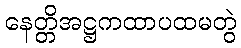
နေတ္တိအဋ္ဌကထာပထမတွဲ